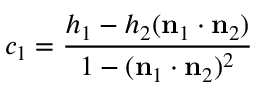
c _ { 1 } = { \frac { h _ { 1 } - h _ { 2 } ( \mathbf { n } _ { 1 } \cdot \mathbf { n } _ { 2 } ) } { 1 - ( \mathbf { n } _ { 1 } \cdot \mathbf { n } _ { 2 } ) ^ { 2 } } }